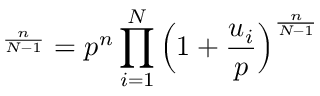
{ \L } ^ { \frac { n } { N - 1 } } = p ^ { n } \prod _ { i = 1 } ^ { N } \Big ( 1 + \frac { u _ { i } } { p } \Big ) ^ { \frac { n } { N - 1 } }